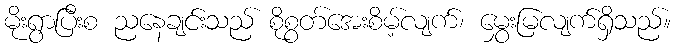
မိုးရွာပြီးစ ညနေချင်းသည် စိုစွတ်အေးစိမ့်လျက်၊ မွှေးမြလျက်ရှိသည်။